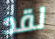
لقد